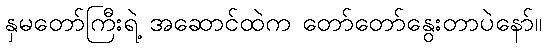
နှမတော်ကြီးရဲ့ အဆောင်ထဲက တော်တော်နွေးတာပဲနော်။